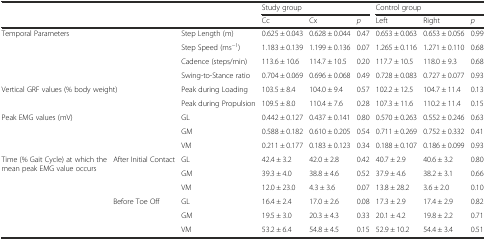
<table><thead><tr><td colspan="3" rowspan="2">[EMPTY_CELL]</td><td colspan="3"><b>Study group</b></td><td colspan="3"><b>Control group</b></td></tr><tr><td><b>Cc</b></td><td><b>Cx</b></td><td><b><i>p</i></b></td><td><b>Left</b></td><td><b>Right</b></td><td><b><i>p</i></b></td></tr></thead><tbody><tr><td colspan="2" rowspan="4">Temporal Parameters</td><td>Step Length (m)</td><td>0.625 ± 0.043</td><td>0.628 ± 0.044</td><td>0.47</td><td>0.653 ± 0.063</td><td>0.653 ± 0.056</td><td>0.99</td></tr><tr><td>Step Speed (ms<sup>−1</sup>)</td><td>1.183 ± 0.139</td><td>1.199 ± 0.136</td><td>0.07</td><td>1.265 ± 0.116</td><td>1.271 ± 0.110</td><td>0.68</td></tr><tr><td>Cadence (steps/min)</td><td>113.6 ± 10.6</td><td>114.7 ± 10.5</td><td>0.20</td><td>117.7 ± 10.5</td><td>118.0 ± 9.3</td><td>0.68</td></tr><tr><td>Swing-to-Stance ratio</td><td>0.704 ± 0.069</td><td>0.696 ± 0.068</td><td>0.49</td><td>0.728 ± 0.083</td><td>0.727 ± 0.077</td><td>0.93</td></tr><tr><td colspan="2" rowspan="2">Vertical GRF values (% body weight)</td><td>Peak during Loading</td><td>103.5 ± 8.4</td><td>104.0 ± 9.4</td><td>0.57</td><td>102.2 ± 12.5</td><td>104.7 ± 11.4</td><td>0.13</td></tr><tr><td>Peak during Propulsion</td><td>109.5 ± 8.0</td><td>110.4 ± 7.6</td><td>0.28</td><td>107.3 ± 11.6</td><td>110.2 ± 11.4</td><td>0.15</td></tr><tr><td colspan="2" rowspan="3">Peak EMG values (mV)</td><td>GL</td><td>0.442 ± 0.127</td><td>0.437 ± 0.141</td><td>0.80</td><td>0.570 ± 0.263</td><td>0.552 ± 0.246</td><td>0.63</td></tr><tr><td>GM</td><td>0.588 ± 0.182</td><td>0.610 ± 0.205</td><td>0.54</td><td>0.711 ± 0.269</td><td>0.752 ± 0.332</td><td>0.41</td></tr><tr><td>VM</td><td>0.211 ± 0.177</td><td>0.183 ± 0.123</td><td>0.34</td><td>0.188 ± 0.107</td><td>0.186 ± 0.099</td><td>0.93</td></tr><tr><td rowspan="6">Time (% Gait Cycle) at which the mean peak EMG value occurs</td><td rowspan="3">After Initial Contact</td><td>GL</td><td>42.4 ± 3.2</td><td>42.0 ± 2.8</td><td>0.42</td><td>40.7 ± 2.9</td><td>40.6 ± 3.2</td><td>0.80</td></tr><tr><td>GM</td><td>39.3 ± 4.0</td><td>38.8 ± 4.6</td><td>0.52</td><td>37.9 ± 4.6</td><td>38.2 ± 3.1</td><td>0.66</td></tr><tr><td>VM</td><td>12.0 ± 23.0</td><td>4.3 ± 3.6</td><td>0.07</td><td>13.8 ± 28.2</td><td>3.6 ± 2.0</td><td>0.10</td></tr><tr><td rowspan="3">Before Toe Off</td><td>GL</td><td>16.4 ± 2.4</td><td>17.0 ± 2.6</td><td>0.08</td><td>17.3 ± 2.9</td><td>17.4 ± 2.9</td><td>0.82</td></tr><tr><td>GM</td><td>19.5 ± 3.0</td><td>20.3 ± 4.3</td><td>0.33</td><td>20.1 ± 4.2</td><td>19.8 ± 2.2</td><td>0.71</td></tr><tr><td>VM</td><td>53.2 ± 6.4</td><td>54.8 ± 4.5</td><td>0.15</td><td>52.9 ± 10.2</td><td>54.4 ± 3.4</td><td>0.51</td></tr></tbody></table>